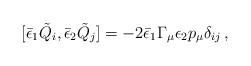
LaTeX: \begin{align*} [{\bar\epsilon}_1{\tilde Q}_i,{\bar\epsilon}_2{\tilde Q}_j] =-2{\bar\epsilon_1}\Gamma_\mu\epsilon_2 p_\mu\delta_{ij}\, ,\end{align*}